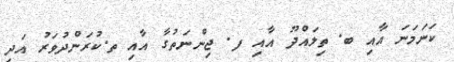
ކަނަމަނަ އާއި ބ. ތިލައްދޫ އާއި ފ. ޖިންނަތުގާ އާއި ތ.ކުރަންދުވަރު އަދި